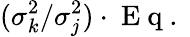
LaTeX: (\sigma_{k}^{2}/\sigma_{j}^{2})\cdot\mathrm{~E~q~.~}